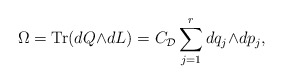
\begin{align*}\Omega = {\rm Tr}(dQ{\wedge}dL)=C_{\cal D} \sum_{j=1}^{r} dq_{j}{\wedge}dp_{j}, \end{align*}